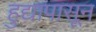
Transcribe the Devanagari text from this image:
हुद्यापासून